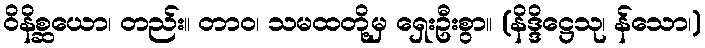
ဝိနိစ္ဆယော၊ တည်း။ တာဝ၊ သမထတို့မှ ရှေးဦးစွာ။ (နိဒ္ဒိဋ္ဌေသု၊ န်သော၊)